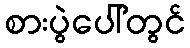
စားပွဲပေါ်တွင်